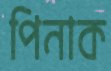
পিনাক